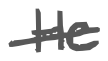
Text: He
Cross-out: mix
Writing tool: digital_gray